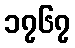
၁၇၆၇